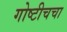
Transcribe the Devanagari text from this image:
गोष्टीचचा